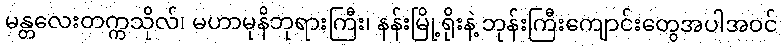
မန္တလေးတက္ကသိုလ်၊ မဟာမုနိဘုရားကြီး၊ နန်းမြို့ရိုးနဲ့ ဘုန်းကြီးကျောင်းတွေအပါအဝင်